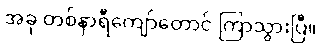
အခု တစ်နာရီကျော်တောင် ကြာသွားပြီ။